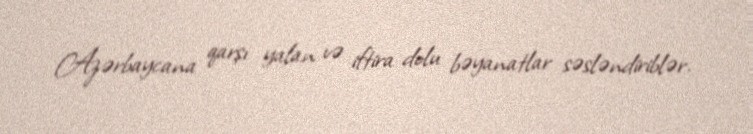
Azərbaycana qarşı yalan və iftira dolu bəyanatlar səsləndiriblər.